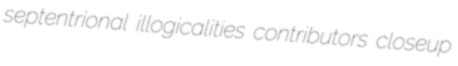
septentrional illogicalities contributors closeup